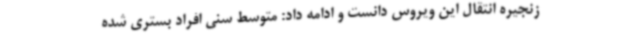
زنجیره انتقال این ویروس دانست و ادامه داد: متوسط سنی افراد بستری شده